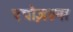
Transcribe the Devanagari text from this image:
एपोज़ल्स